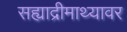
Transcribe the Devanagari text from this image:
सह्याद्रीमाथ्यावर